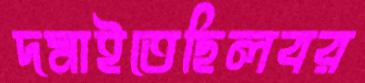
দমাইতেছিলবর